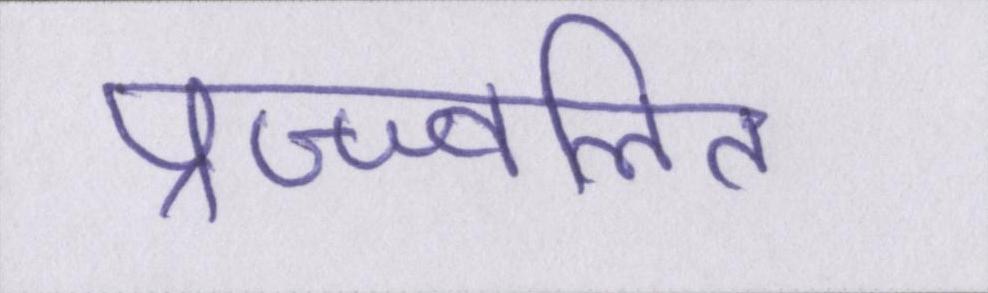
प्रज्ज्वलित